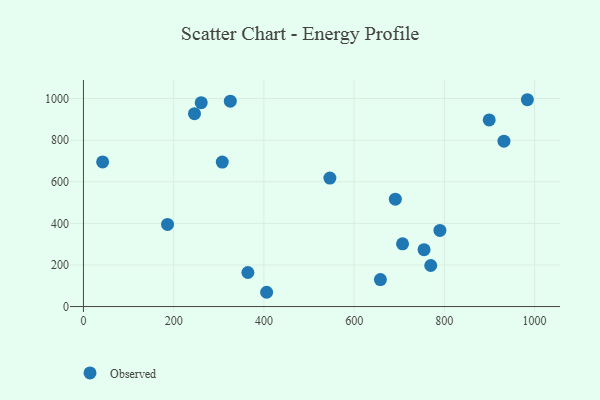
{"axis": {"x": "Investment", "y": "Demand"}, "legend": ["Observed"], "data": [{"x": "984.0", "y": 994.6, "type": "Observed"}, {"x": "658.2", "y": 129.9, "type": "Observed"}, {"x": "307.7", "y": 694.9, "type": "Observed"}, {"x": "769.8", "y": 197.5, "type": "Observed"}, {"x": "186.4", "y": 395.2, "type": "Observed"}, {"x": "707.3", "y": 301.8, "type": "Observed"}, {"x": "364.5", "y": 163.8, "type": "Observed"}, {"x": "546.2", "y": 617.9, "type": "Observed"}, {"x": "42.5", "y": 695.6, "type": "Observed"}, {"x": "790.1", "y": 366.1, "type": "Observed"}, {"x": "406.0", "y": 68.7, "type": "Observed"}, {"x": "246.1", "y": 927.6, "type": "Observed"}, {"x": "691.3", "y": 516.2, "type": "Observed"}, {"x": "261.0", "y": 980.5, "type": "Observed"}, {"x": "325.5", "y": 987.8, "type": "Observed"}, {"x": "899.4", "y": 897.5, "type": "Observed"}, {"x": "755.0", "y": 273.7, "type": "Observed"}, {"x": "932.1", "y": 795.5, "type": "Observed"}]}